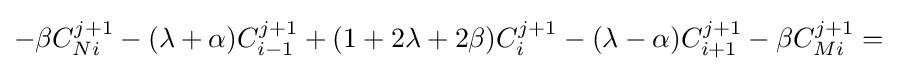
-\beta C_{Ni}^{j+1}-(\lambda +\alpha )C_{i-1}^{j+1}+(1+2\lambda +2\beta )C_{i}^{j+1}-(\lambda -\alpha )C_{i+1}^{j+1}-\beta C_{Mi}^{j+1}={}